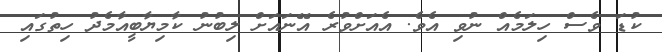
ކުޑަ ވެސް ހިލަމެއް ނުވި އެވެ. އެއަށްވުރެ އޭނައަށް ލިބުނު ކާމިޔާބީއާމެދު ހިތުގައި